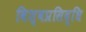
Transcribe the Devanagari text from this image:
विश्वप्रसिद्धि